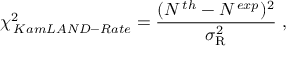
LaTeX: \chi _ { \, K a m L A N D - R a t e } ^ { 2 } = \frac { ( N ^ { \, t h } - N ^ { \, e x p } ) ^ { 2 } } { \sigma _ { \mathrm { R } } ^ { 2 } } \; ,